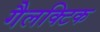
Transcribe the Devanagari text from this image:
गैलक्टिक